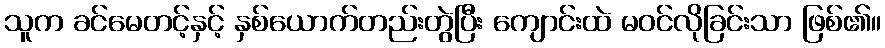
သူက ခင်မေတင့်နှင့် နှစ်ယောက်တည်းတွဲပြီး ကျောင်းထဲ မဝင်လိုခြင်းသာ ဖြစ်၏။